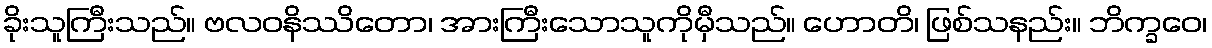
ခိုးသူကြီးသည်။ ဗလဝနိဿိတော၊ အားကြီးသောသူကိုမှီသည်။ ဟောတိ၊ ဖြစ်သနည်း။ ဘိက္ခဝေ၊